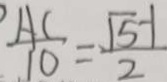
\frac { A C } { 1 0 } = \frac { \sqrt { 5 } - 1 } { 2 }